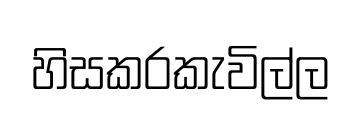
හිසකරකැවිල්ල